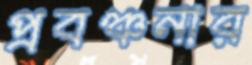
প্রবঞ্চনার